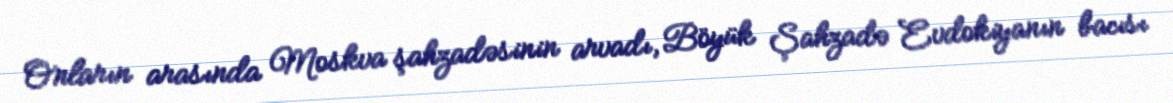
Onların arasında Moskva şahzadəsinin arvadı, Böyük Şahzadə Evdokiyanın bacısı